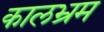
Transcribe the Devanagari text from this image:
कालभ्रम